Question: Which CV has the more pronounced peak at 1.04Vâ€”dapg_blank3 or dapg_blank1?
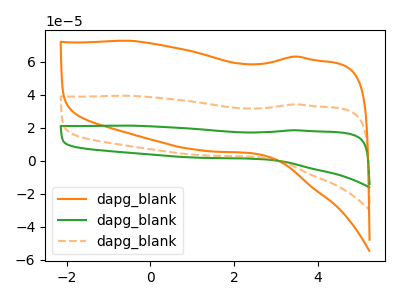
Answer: <think>The orange curve "dapg_blank1" has no peaks. The green curve "dapg_blank2" has no peaks. The orange dashed curve "dapg_blank3" has no peaks.</think>
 <answer>"dapg_blank3" and "dapg_blank1" dont share a peak at 1.04V.</answer>
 <eval>mismatch</eval>